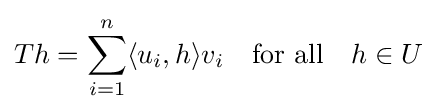
Th=\sum _{i=1}^{n}\langle u_{i},h\rangle v_{i}\quad {\mbox{for all}}\quad h\in U